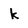
Character: k